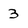
Character: 3